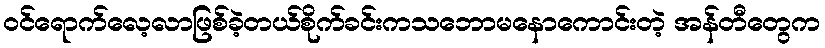
ဝင်ရောက်လေ့လာဖြစ်ခဲ့တယ်စိုက်ခင်းကသဘောမနောကောင်းတဲ့ အန်တီတွေက